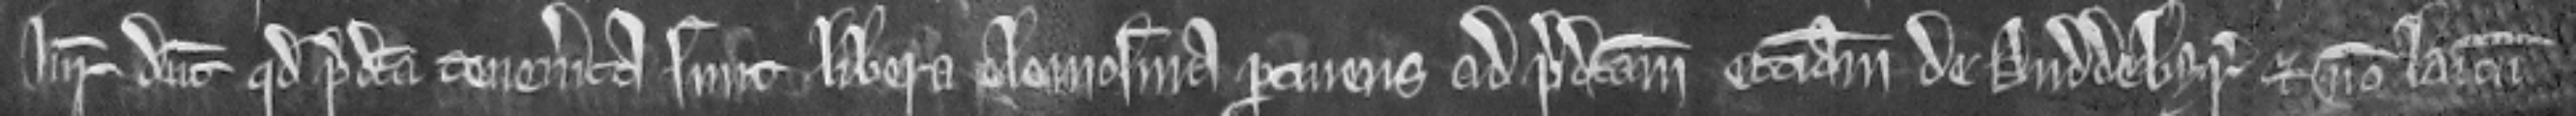
Juratores dicunt quod predicta tenementa sunt libera elemosina pertinens ad predictam ecclesiam de Duddebyr et non laicum